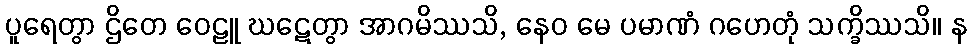
ပူရေတွာ ဌိတေ ဝေဠူ ဃဋေတွာ အာဂမိဿသိ, နေဝ မေ ပမာဏံ ဂဟေတုံ သက္ခိဿသိ။ န